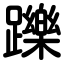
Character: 躒